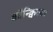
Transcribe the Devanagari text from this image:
कौन्क्विस्टा